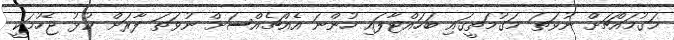
މަގުމައްޗަށް ނުވަތަ މަގުމަތީގައި ބަހައްޓާފައި ހުންނަ އެއްޗެއްސަށް ނުވަތަ ފާރަށް ކުޅު ޖެހުމަކީ